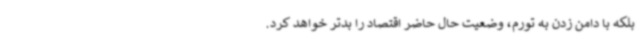
بلکه با دامن زدن به تورم، وضعیت حال حاضر اقتصاد را بدتر خواهد کرد.